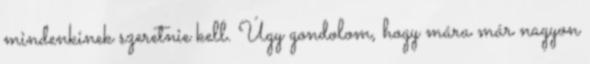
mindenkinek szeretnie kell. Úgy gondolom, hogy mára már nagyon